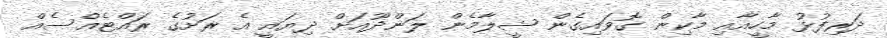
ދަރިފުޅު މާހީއާއި މާކިން ގޮވައިގެން ޝީލާމެން ލަންދޫއަށް ދިޔައީ އެ ރަށުގެ ރައްޓެއްސެއް